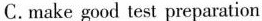
C.make good test preparation